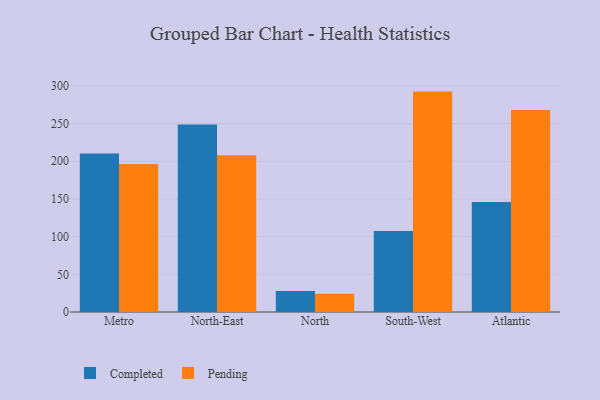
{"axis": {"x": "Region", "y": "Bounce Rate (%)"}, "legend": ["Completed", "Pending"], "data": [{"x": "Metro", "y": 210.4, "type": "Completed"}, {"x": "Metro", "y": 196.4, "type": "Pending"}, {"x": "North-East", "y": 248.6, "type": "Completed"}, {"x": "North-East", "y": 207.8, "type": "Pending"}, {"x": "North", "y": 27.9, "type": "Completed"}, {"x": "North", "y": 24.1, "type": "Pending"}, {"x": "South-West", "y": 107.3, "type": "Completed"}, {"x": "South-West", "y": 292.4, "type": "Pending"}, {"x": "Atlantic", "y": 146.0, "type": "Completed"}, {"x": "Atlantic", "y": 268.0, "type": "Pending"}]}